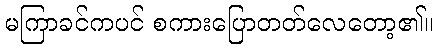
မကြာခင်ကပင် စကားပြောတတ်လေတော့၏။